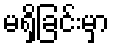
မရှိခြင်းမှာ